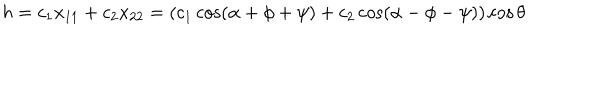
h = c _ { 1 } x _ { 1 1 } + c _ { 2 } x _ { 2 2 } = ( c _ { 1 } \cos ( \alpha + \phi + \psi ) + c _ { 2 } \cos ( \alpha - \phi - \psi ) ) \cos \theta